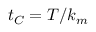
t _ { C } = T / k _ { m }